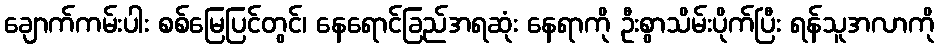
ချောက်ကမ်းပါး စစ်မြေပြင်တွင်၊ နေရောင်ခြည်အရဆုံး နေရာကို ဦးစွာသိမ်းပိုက်ပြီး ရန်သူအလာကို